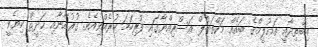
އިބްތިދާއީ ތަޢުލީމްގެ ބައެއް މަކްތަބުލް އަސްރިއްޔާގައި ފުރިހަމަ ކުރެއްވިއެވެ. ގުރުއާނާއި ޙަދީޘް ކިޔެވީ